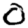
Digit: 0